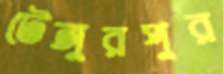
টেঙ্গুরপুর